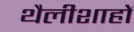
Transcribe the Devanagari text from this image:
थैलीशाहों